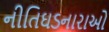
નીતિઘડનારાઓ